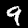
Label: 9